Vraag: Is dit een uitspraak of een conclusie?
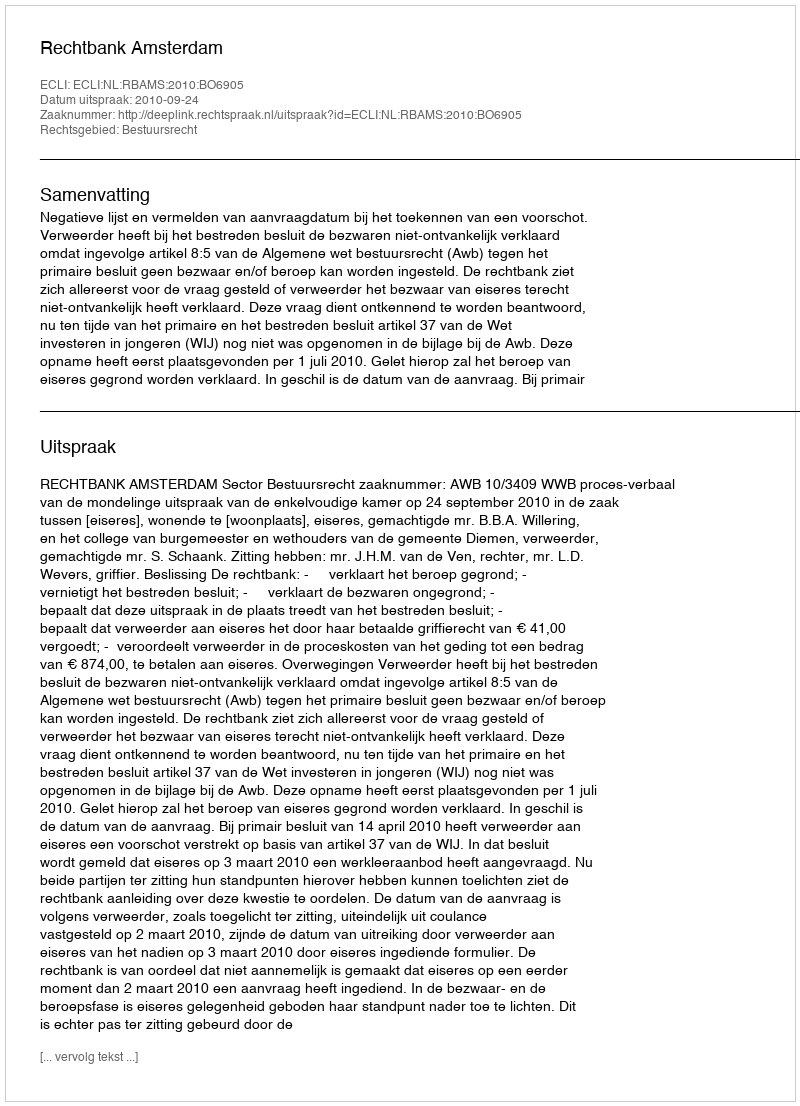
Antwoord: Uitspraak